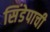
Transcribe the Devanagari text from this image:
सिंडेपाची